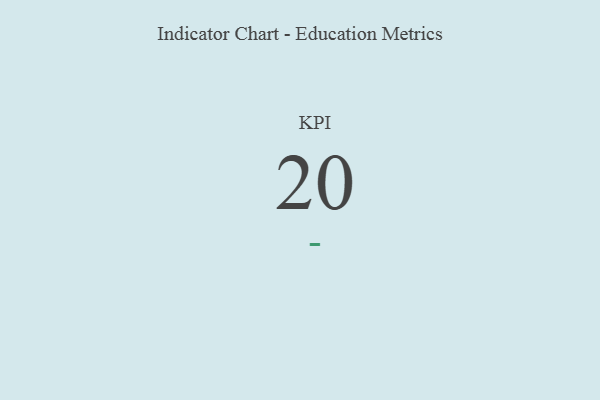
{"axis": {"x": "KPI", "y": "Value"}, "legend": [""], "data": [{"x": "KPI", "y": 20, "type": ""}]}